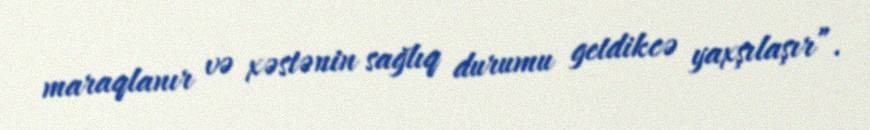
maraqlanır və xəstənin sağlıq durumu getdikcə yaxşılaşır”.